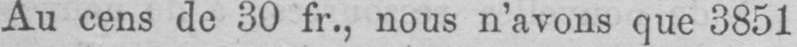
Au cens de 30 fr., nous n’avons que 3851